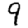
Digit: 9